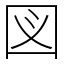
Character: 図